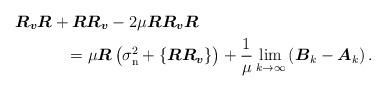
LaTeX: \begin{align*} \boldsymbol{R_v} \boldsymbol{R} &+\boldsymbol{R} \boldsymbol{R_v} - 2 \mu \boldsymbol{R}\boldsymbol{R_v} \boldsymbol{R} \\& \;\;\; = \mu \boldsymbol{R} \left( \sigma^2_{\rm n} + \left\{ \boldsymbol{R} \boldsymbol{R_v} \right\} \right) +\frac{1}{\mu} \lim_{k\to\infty} \left( \boldsymbol{B}_k -\boldsymbol{A}_k \right).\end{align*}